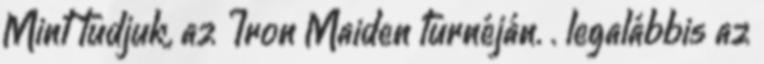
Mint tudjuk, az Iron Maiden turnéján. . legalábbis az